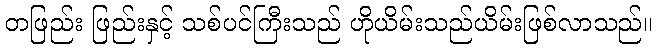
တဖြည်း ဖြည်းနှင့် သစ်ပင်ကြီးသည် ဟိုယိမ်းသည်ယိမ်းဖြစ်လာသည်။